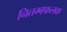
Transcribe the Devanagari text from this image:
नितम्बफलक